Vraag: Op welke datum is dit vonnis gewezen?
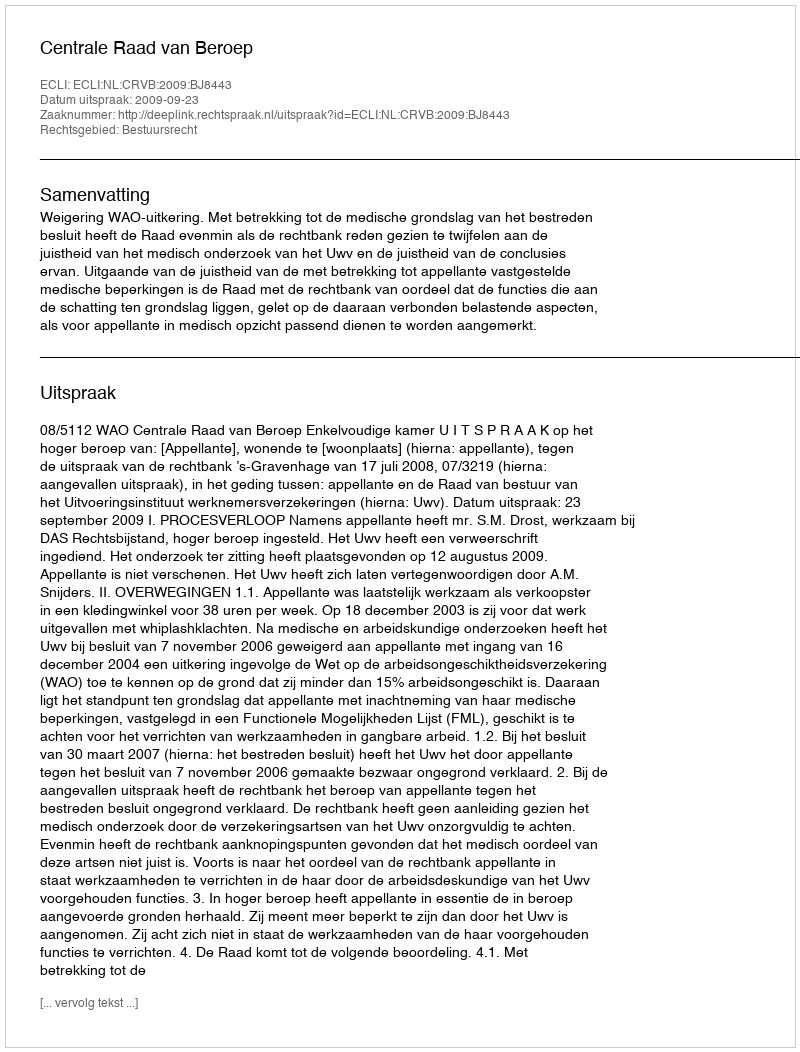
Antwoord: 2009-09-23